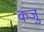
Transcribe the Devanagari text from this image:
कजु